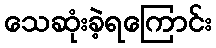
သေဆုံးခဲ့ရကြောင်း